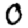
Digit: 0